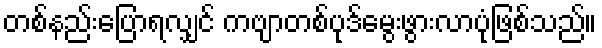
တစ်နည်းပြောရလျှင် ကဗျာတစ်ပုဒ်မွေးဖွားလာပုံဖြစ်သည်။